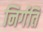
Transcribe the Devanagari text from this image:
निर्गति